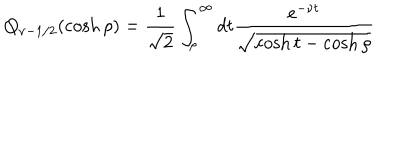
LaTeX: Q _ { \nu - 1 / 2 } ( \cosh \rho ) = \frac 1 { \sqrt { 2 } } \int _ { \rho } ^ { \infty } d t \frac { e ^ { - \nu t } } { \sqrt { \cosh t - \cosh \rho } }